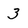
Character: 3